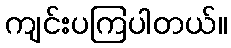
ကျင်းပကြပါတယ်။